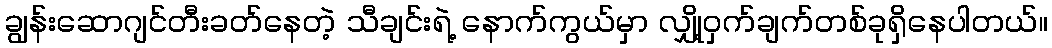
ချွန်းဆောဂျင်တီးခတ်နေတဲ့ သီချင်းရဲ့ နောက်ကွယ်မှာ လျှို့ဝှက်ချက်တစ်ခုရှိနေပါတယ်။